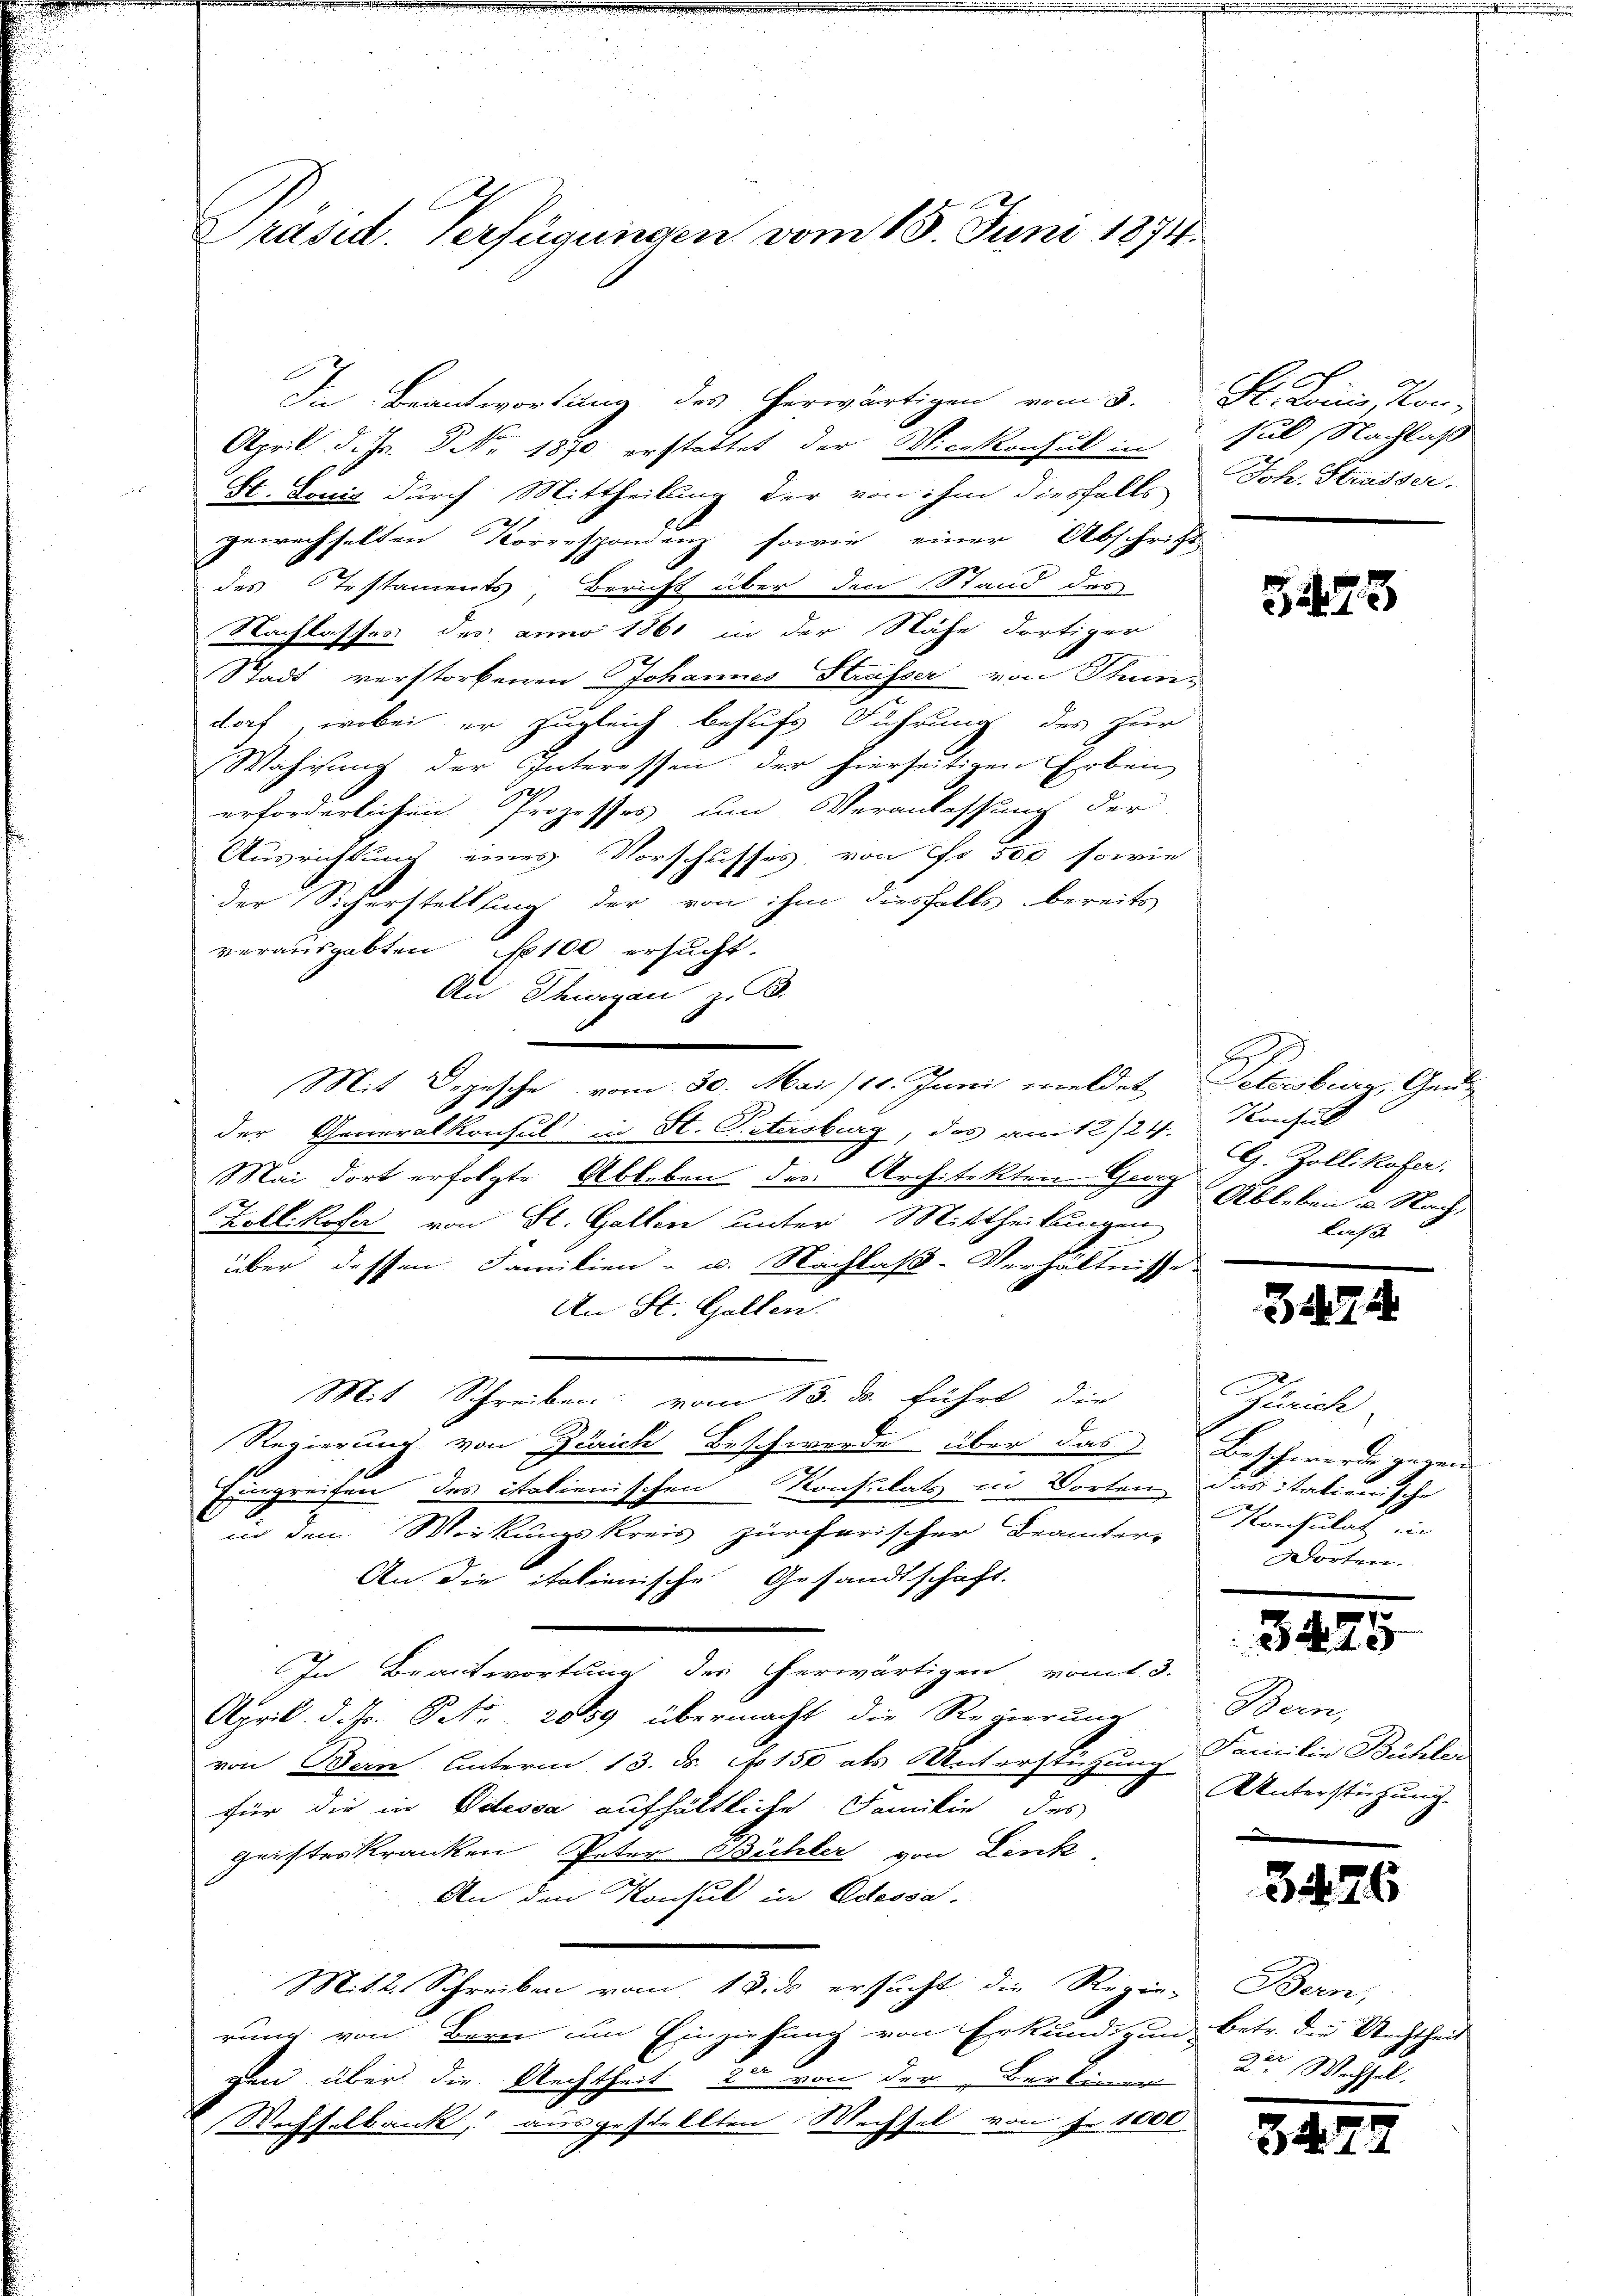
Präsid. Verfügungen vom 15. Juni 1874.

In Beantwortung des herwärtigen vom 3. St. Lonie, Kon-
April d. J. P. Nr. 1870 erstattet der Vicekonsul in
St. Louis durch Mittheilung der von ihm diesfalls
gewechselten Korrespondenz sowie einer Abschrift
des Testaments, Bericht über den Stand des
Nachlasses des anno 1861 in der Nähe dortiger
Stadt verstorbenen Johannes Strasser von Thun-
doch, wobei er zugleich behufs Führung des zur
Wahrung der Interessen der hierseitigen Erben
erforderlichen Prozesses, um Veranlassung der
Ausrichtung eines Vorschusses, von Fr. 500 sowie
der Sicherstellung der von ihm diesfalls bereits
verausgabten No 100 ersucht.
An Thurgau z. B.
Mit Depesche vom 30. Mai 111. Juni meldet Petersburg, Gender Generalkonsul in St. Petersburg, das am 12/24.
Mai dort erfolgte Ableben der Architekten Graz Ableben u. Nach,
Zollikofer von St. Gallen unter Mittheilungen
über dessen Familien- u. Nachlaß-Verhältnisse
An St. Gallen.
Mit Schreiben vom 13. ds. führt, die
Regierung von Zürich Beschwerde über das Beschwerde gegen
Ergreifen des italienischen Konsulats in Worten das italienische
in dem Wirkungskreis zürcherischer Beamter Konsulat in
An die italienische Gesandtschaft.
In Beantwortung des herwärtigen vom 3.
April d. 7. Oct. 2059 übermacht die Regierung
von Bern Unterm 13. ds. No 150 als Unterstützung Familie Bühler
für die in Odessa aufhältliche Familie des
Geisteskranken Peter Bühler von Lenk
An den Konsul in Odessa
Mit 2. Schreiben vom 18. ds ersucht die Regie-Bern,
rung von Bern um Einziehung von Erkundigung betr. die Archtheilt
gen über die Rechtheit 20 von der Bertiner
Wechselbank, ausgestellten Wechsel von je 1000

sul, Nachlaß
Joh. Strasser.

5473

Konsul
G. Zollikofer.
laß

3474

Zürich
örten.

Bern,
Unterstüzung.
.

3426

3.

82

12

der Wechsel.

7